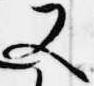
又